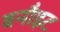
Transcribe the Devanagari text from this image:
बनौइट